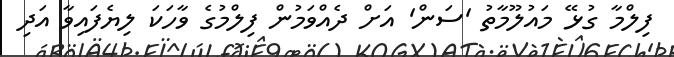
ފިލްމާ ގުޅޭ މައުލޫމާތު 'ސަން' އަށް ދެއްވަމުން ފިލްމުގެ ވާހަކަ ލިޔެފައިވާ އަދި